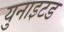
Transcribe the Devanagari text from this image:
युनाइटड